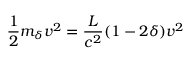
{ \frac { 1 } { 2 } } m _ { \delta } v ^ { 2 } = \frac { L } { c ^ { 2 } } ( 1 - 2 \delta ) v ^ { 2 }